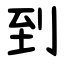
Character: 到